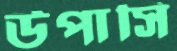
উপাসি